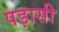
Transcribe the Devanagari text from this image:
पड़ासी